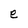
Character: e